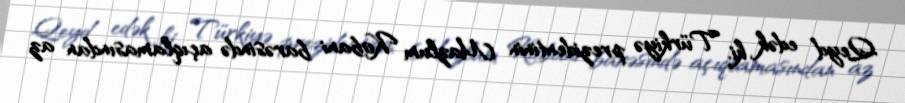
Qeyd edək ki, Türkiyə prezidentinin Mazlum Kobani barəsində açıqlamasından az